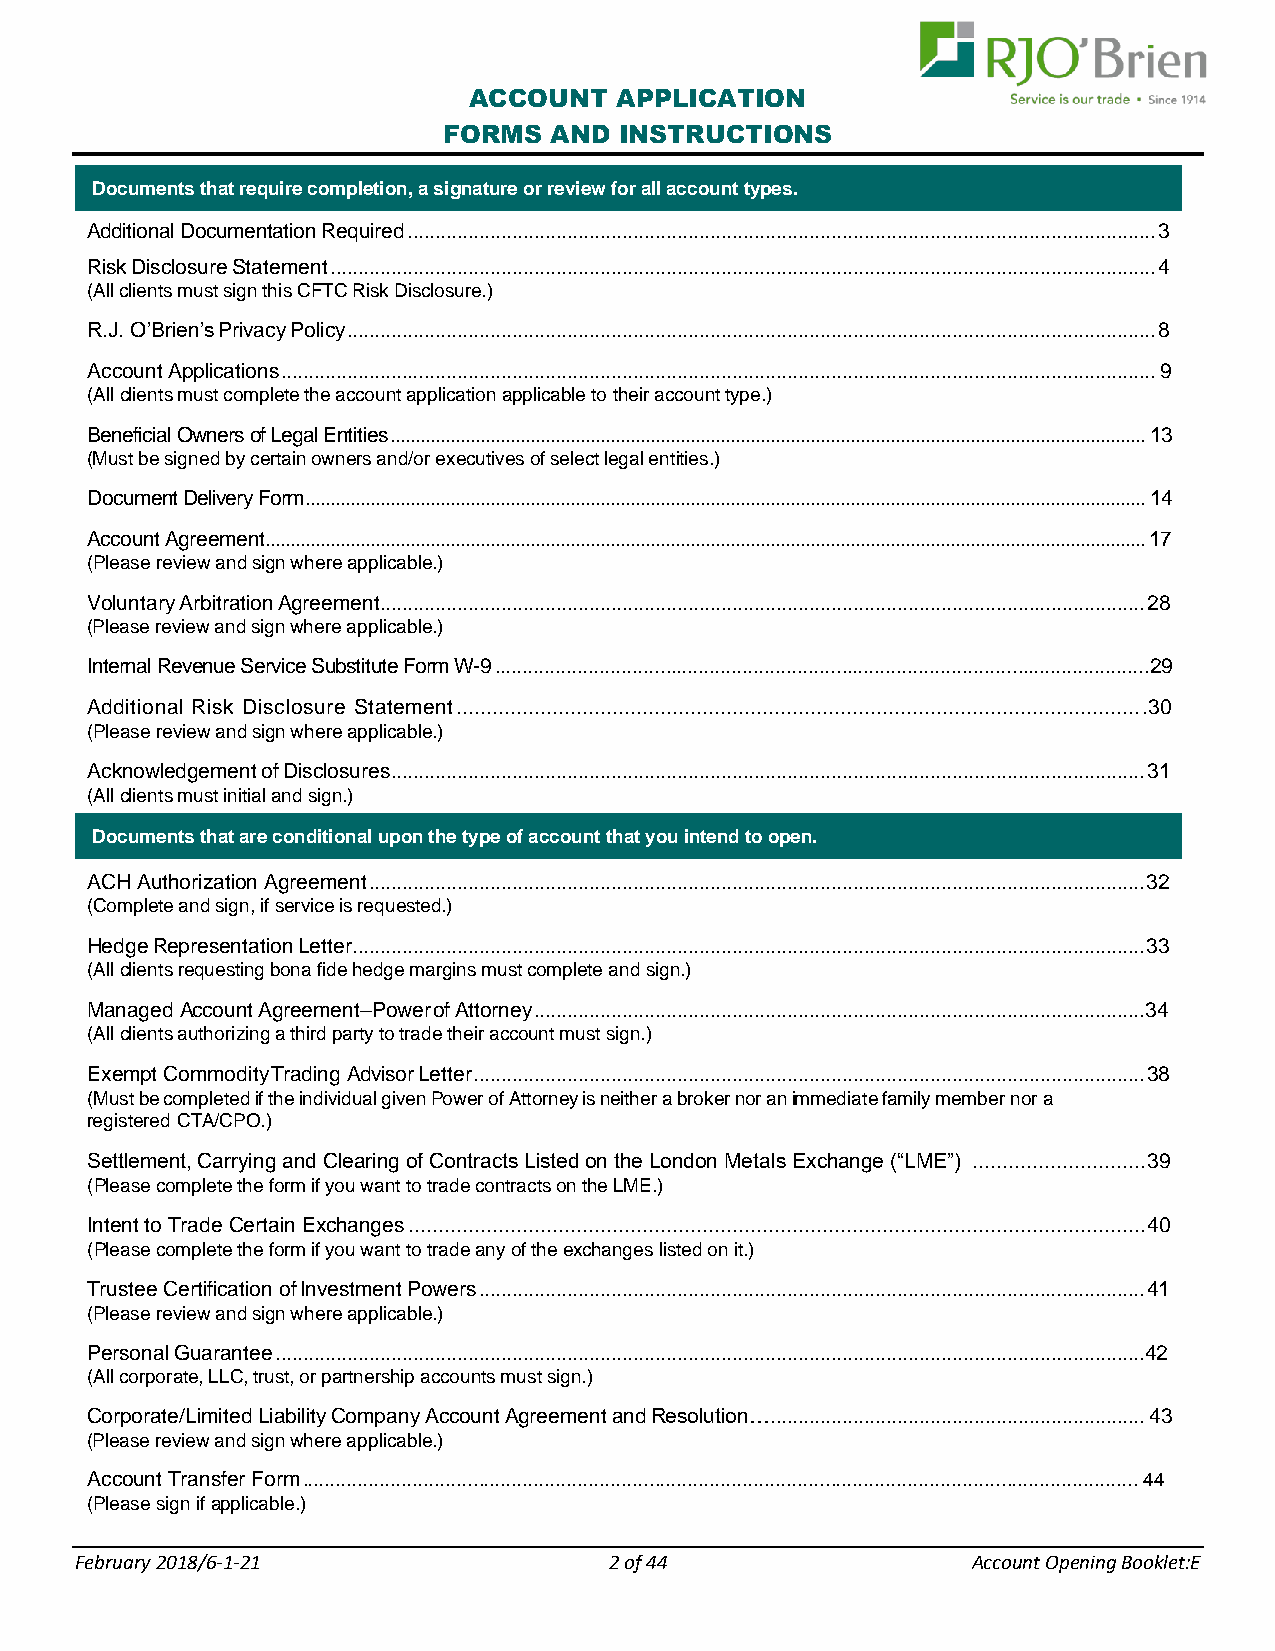
ACCOUNT   APPLICATION
 FORMS  AND  INSTRUCTIONS
 Requires completion, a signature or review for all accounts.
 Documents that require completion, a signature or review for all account types.
 Additional Documentation Required ........................................................................................................................................ 3
 Risk Disclosure Statement ...................................................................................................................................................... 4
 (All clients must sign this CFTC Risk Disclosure.)
 R.J. O’Brien’s Privacy Policy ................................................................................................................................................... 8
 Account Applications ............................................................................................................................................................... 9
 (All clients must complete the account application applicable to their account type.)
 Beneficial Owners of Legal Entities ....................................................................................................................................................... 13
 (Must be signed by certain owners and/or executives of select legal entities.)
 Document Delivery Form ........................................................................................................................................................................ 14
 Account Agreement ................................................................................................................................................................................ 17
 (Please review and sign where applicable.)
 Voluntary Arbitration Agreement........................................................................................................................................... 28
 (Please review and sign where applicable.)
 Internal Revenue Service Substitute Form W-9 .......................................................................................................................29
 Additional Risk Disclosure Statement .................................................................................................................. .30
 (Please review and sign where applicable.)
 Acknowledgement of Disclosures ......................................................................................................................................... 31
 (All clients must initial and sign.)
 Completion of the following forms is conditional upon the type of account you wish to open.
 Documents that are conditional upon the type of account that you intend to open.
 ACH Authorization Agreement ............................................................................................................................................. 32
 (Complete and sign, if service is requested.)
 Hedge Representation Letter ................................................................................................................................................ 33
 (All clients requesting bona fide hedge margins must complete and sign.)
 Managed Account Agreement–Power of Attorney ............................................................................................................... 34
 (All clients authorizing a third party to trade their account must sign.)
 Exempt Commodity Trading Advisor Letter .......................................................................................................................... 38
 (Must be completed if the individual given Power of Attorney is neither a broker nor an immediate family member nor a
 registered CTA/CPO.)
 Settlement, Carrying and Clearing of Contracts Listed on the London Metals Exchange (“LME”) ............................. 39
 (Please complete the form if you want to trade contracts on the LME.)
 Intent to Trade Certain Exchanges ........................................................................................................................... 40
 (Please complete the form if you want to trade any of the exchanges listed on it.)
 Trustee Certification of Investment Powers ......................................................................................................................... 41
 (Please review and sign where applicable.)
 Personal Guarantee .............................................................................................................................................................. 42
 (All corporate, LLC, trust, or partnership accounts must sign.)
 Corporate/Limited Liability Company Account Agreement and Resolution….................................................................... 43
 (Please review and sign where applicable.)
 Account Transfer Form ........................................................................................................................................................ 44
 (Please sign if applicable.)
 F ebruary 2018/6-1-21              2 of 44                 Account Opening Booklet:E